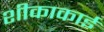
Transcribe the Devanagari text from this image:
शीकाकाई